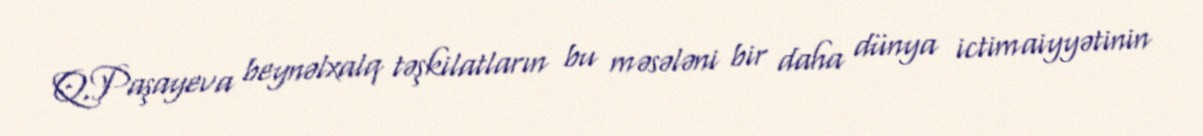
Q.Paşayeva beynəlxalq təşkilatların bu məsələni bir daha dünya ictimaiyyətinin